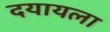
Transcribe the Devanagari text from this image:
दयायला